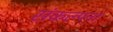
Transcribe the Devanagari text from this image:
संकल्पनां